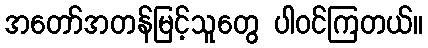
အတော်အတန်မြင့်သူတွေ ပါဝင်ကြတယ်။